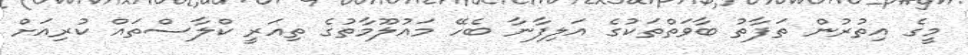
މީގެ އިތުރުން ތަފާތު ބާވަތްތަކުގެ އަލިފާނާ ބެހޭ މައުލޫމާތުގެ ތިއަރީ ކްލާސްތައް ކުރިއަށް